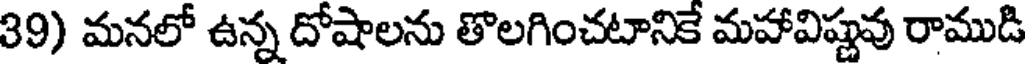
39) మనలో ఉన్న దోషాలను తొలగించటానికే మహావిష్ణవు రాముడి